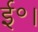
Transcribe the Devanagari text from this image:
ई॰।